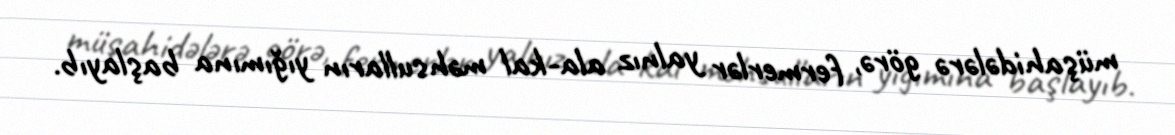
müşahidələrə görə, fermerlər yalnız ala-kal məhsulların yığımına başlayıb.